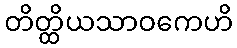
တိတ္ထိယသာဝကေဟိ